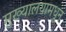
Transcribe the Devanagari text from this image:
मुख्यालयामधून